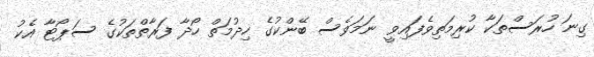
ގިނަ ހުރަސްތަކާ ކުރިމަތިވެފައިވީ ނަމަވެސް ބޭންކުގެ ހިދުމަތް ހޯދާ ފަރާތްތަކުގެ ސަޕޯޓާ އެކު